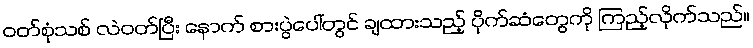
ဝတ်စုံသစ် လဲဝတ်ပြီး နောက် စားပွဲပေါ်တွင် ချထားသည့် ပိုက်ဆံတွေကို ကြည့်လိုက်သည်။